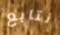
نتابع